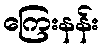
ကြေးနန်း